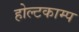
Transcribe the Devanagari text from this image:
होल्टकाम्प